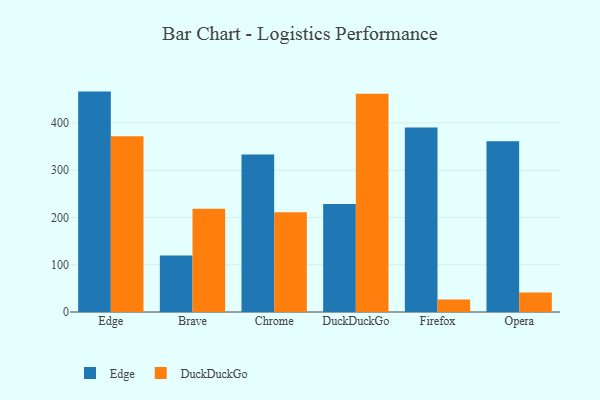
{"axis": {"x": "Browser", "y": "Headcount"}, "legend": ["DuckDuckGo", "Edge"], "data": [{"x": "Edge", "y": 466.3, "type": "Edge"}, {"x": "Edge", "y": 372.0, "type": "DuckDuckGo"}, {"x": "Brave", "y": 119.7, "type": "Edge"}, {"x": "Brave", "y": 218.3, "type": "DuckDuckGo"}, {"x": "Chrome", "y": 333.3, "type": "Edge"}, {"x": "Chrome", "y": 211.1, "type": "DuckDuckGo"}, {"x": "DuckDuckGo", "y": 228.6, "type": "Edge"}, {"x": "DuckDuckGo", "y": 462.0, "type": "DuckDuckGo"}, {"x": "Firefox", "y": 390.3, "type": "Edge"}, {"x": "Firefox", "y": 26.5, "type": "DuckDuckGo"}, {"x": "Opera", "y": 361.3, "type": "Edge"}, {"x": "Opera", "y": 41.2, "type": "DuckDuckGo"}]}